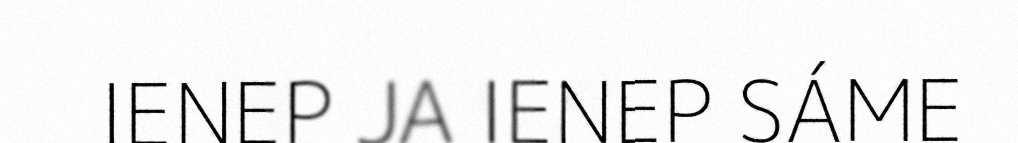
IENEP JA IENEP SÁME